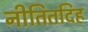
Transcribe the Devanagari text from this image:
नीतितदिह